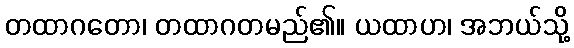
တထာဂတော၊ တထာဂတမည်၏။ ယထာဟ၊ အဘယ်သို့